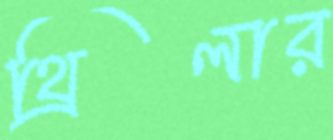
থ্রিলার